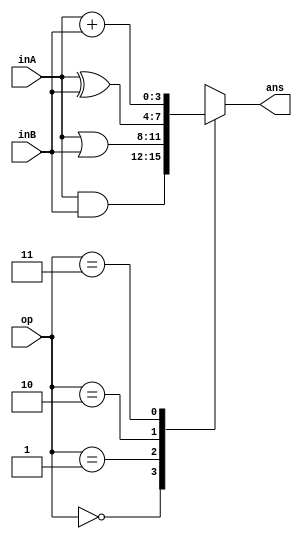
`timescale 1ns/1ps
module ALU (
    input [3:0] inA,
    input [3:0] inB,
    input [1:0] op,
    output reg [3:0] ans
    );

always @(*) begin
    case(op)
        2'b00: ans=inA&inB;
        2'b01: ans=inA|inB;
        2'b10: ans=inA^inB;
        2'b11: ans=inA+inB;
        default: ans=0;
    endcase
end  

endmodule